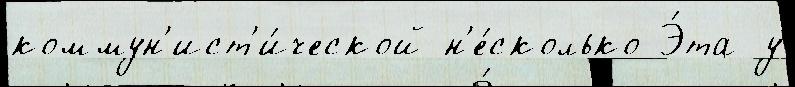
коммун'ист'и́ческой н'е́сколько Э́та у